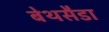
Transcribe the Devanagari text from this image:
बेथसैडा